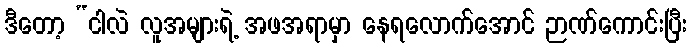
ဒီတော့ “ငါလဲ လူအများရဲ့ အဖအရာမှာ နေရလောက်အောင် ဉာဏ်ကောင်းပြီး